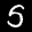
Label: 5